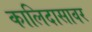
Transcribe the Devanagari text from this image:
कालिदासावर